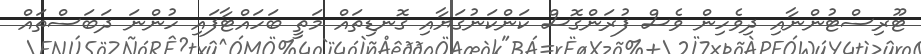
ޓޫރިސްޓުންނާއި ދިވެހިން ވެސް ފުރަންގޮސް ކަންކަނުގަޔާއި ގޮނޑިތައް މަތީ ބަހައްޓާފައި ހުންނަ ދަބަސްތައް